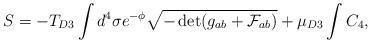
LaTeX: \begin{align*}S = - T_{D3} \int d^4\sigma e^{-\phi} \sqrt{-\det (g_{ab} + \mathcal{F}_{ab})} + \mu_{D3} \int C_4,\end{align*}